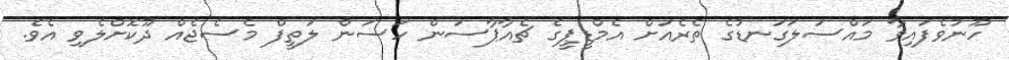
ހޫނުވެފައިވާ މައްސަލަގަނޑުގެ ތެރެއަށް އެމްޑީޕީގެ ޗެއާޕާސަން ހަސަން ލަތީފް މެސެޖެއް ދޫކޮށްލެވި އެވެ.